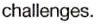
challenges.